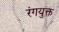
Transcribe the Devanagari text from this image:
रंगयुक्त